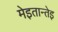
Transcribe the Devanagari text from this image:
मेइतान्तेइ